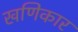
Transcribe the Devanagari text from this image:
खणिकार